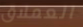
العملاق